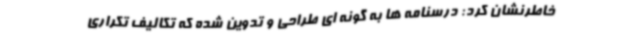
خاطرنشان کرد: درسنامه ها به گونه ای طراحی و تدوین شده که تکالیف تکراری